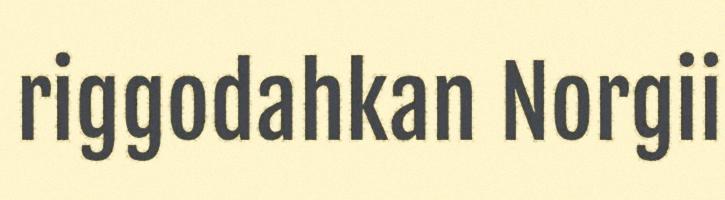
riggodahkan Norgii